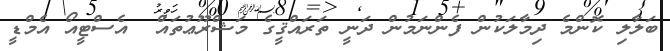
ބަލާލި ކޮންމެ ދިމާލަކުން ފެންނަމުން ދަނީ ތަރައްޤީގެ މަޝްރޫޢުތައް  އެސްޓީއޯ އެމްޑީ